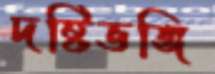
দষ্টিভঙ্গি